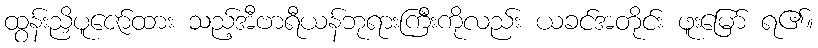
ထွန်းညှိပူဇော်ထား သည့်အီဗာရီယန်ဘုရားကြီးကိုလည်း ယခင်အတိုင်း ဖူးမြော် ရ၏။